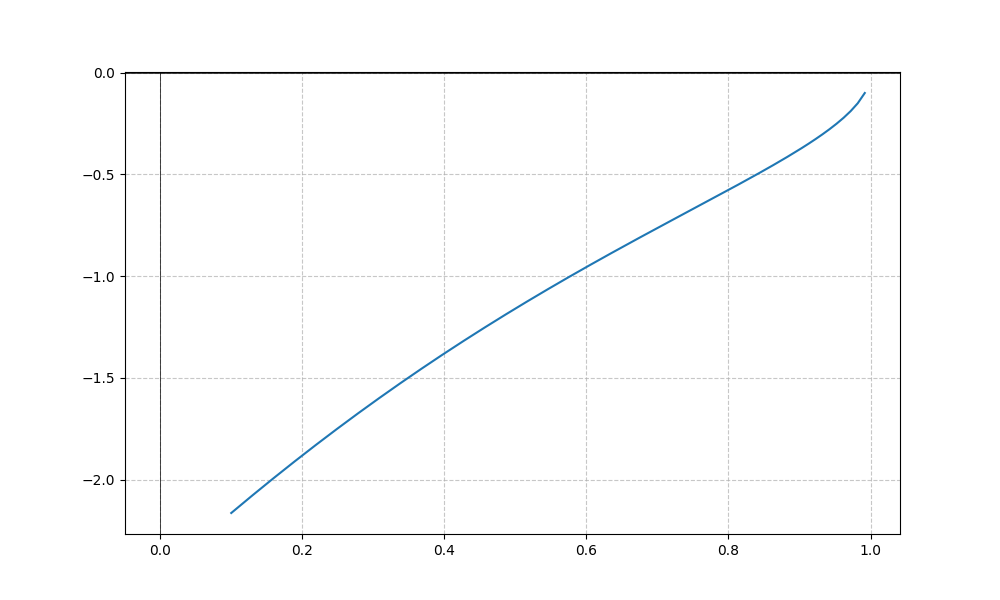
LaTeX formula: - \operatorname{acos}{\left(x \right)} \operatorname{acot}{\left(x \right)}